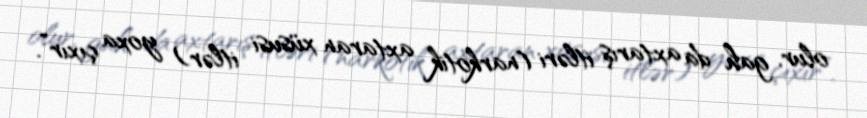
olur, gah da axtarış itləri (narkotik axtaran xüsusi itlər) yoxa çıxır”.